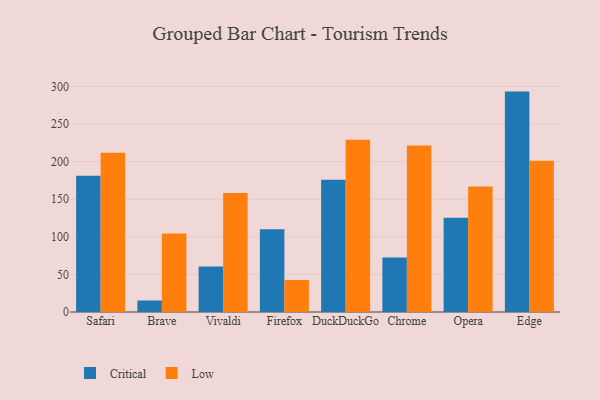
{"axis": {"x": "Browser", "y": "Temperature (°C)"}, "legend": ["Critical", "Low"], "data": [{"x": "Safari", "y": 181.3, "type": "Critical"}, {"x": "Safari", "y": 212.0, "type": "Low"}, {"x": "Brave", "y": 15.3, "type": "Critical"}, {"x": "Brave", "y": 104.4, "type": "Low"}, {"x": "Vivaldi", "y": 60.6, "type": "Critical"}, {"x": "Vivaldi", "y": 158.4, "type": "Low"}, {"x": "Firefox", "y": 110.2, "type": "Critical"}, {"x": "Firefox", "y": 42.5, "type": "Low"}, {"x": "DuckDuckGo", "y": 176.0, "type": "Critical"}, {"x": "DuckDuckGo", "y": 229.1, "type": "Low"}, {"x": "Chrome", "y": 72.5, "type": "Critical"}, {"x": "Chrome", "y": 221.4, "type": "Low"}, {"x": "Opera", "y": 125.5, "type": "Critical"}, {"x": "Opera", "y": 167.1, "type": "Low"}, {"x": "Edge", "y": 293.2, "type": "Critical"}, {"x": "Edge", "y": 201.1, "type": "Low"}]}